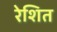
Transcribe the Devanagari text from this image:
रेशित